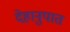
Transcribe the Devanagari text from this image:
देहानुपात